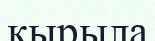
қырыла